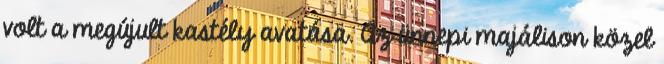
volt a megújult kastély avatása. Az ünnepi majálison közel